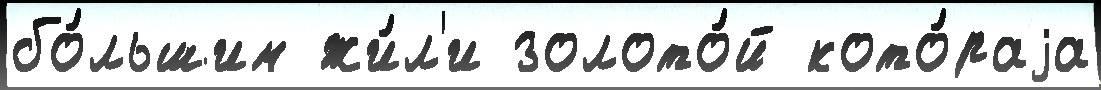
бо́льшим жи́л'и золото́й кото́раjа